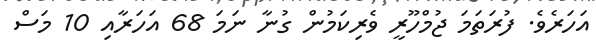
އަހަރެވެ. ފުރަތަމަ ޖުމްހޫރީ ވެރިކަމުން ގުނާ ނަމަ 68 އަހަރާއި 10 މަސް